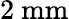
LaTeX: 2~\textrm{mm}